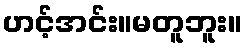
ဟင့်အင်း။မတူဘူး။